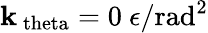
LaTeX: \mathbf{k}_{\mathrm{{\ theta}}}=0~\epsilon/\mathrm{{rad}}^{2}